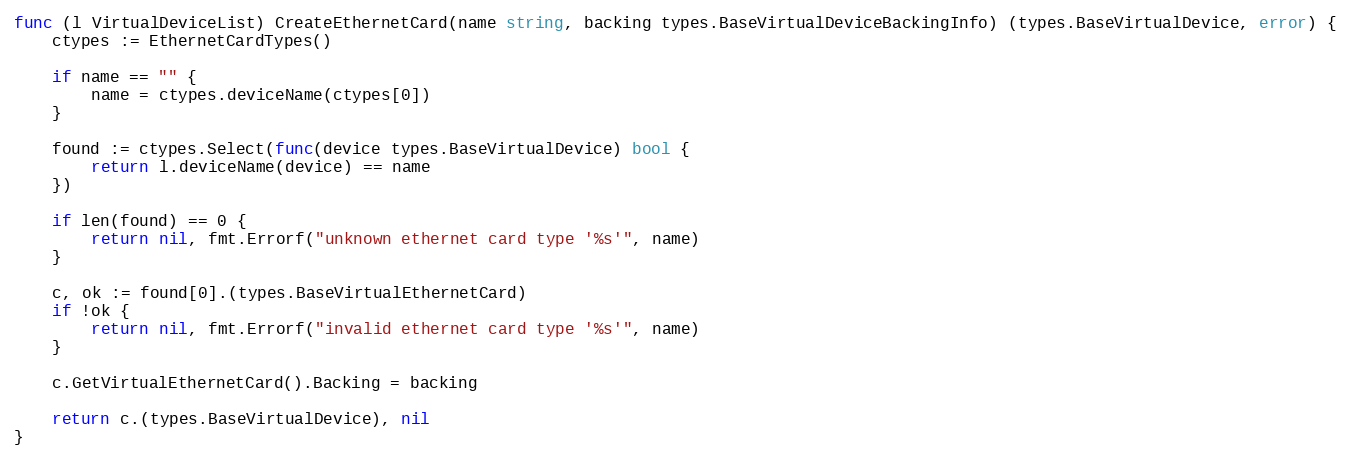
Language: Go
func (l VirtualDeviceList) CreateEthernetCard(name string, backing types.BaseVirtualDeviceBackingInfo) (types.BaseVirtualDevice, error) {
	ctypes := EthernetCardTypes()

	if name == "" {
		name = ctypes.deviceName(ctypes[0])
	}

	found := ctypes.Select(func(device types.BaseVirtualDevice) bool {
		return l.deviceName(device) == name
	})

	if len(found) == 0 {
		return nil, fmt.Errorf("unknown ethernet card type '%s'", name)
	}

	c, ok := found[0].(types.BaseVirtualEthernetCard)
	if !ok {
		return nil, fmt.Errorf("invalid ethernet card type '%s'", name)
	}

	c.GetVirtualEthernetCard().Backing = backing

	return c.(types.BaseVirtualDevice), nil
}